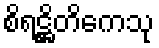
စိရဋ္ဌိတိကေသု